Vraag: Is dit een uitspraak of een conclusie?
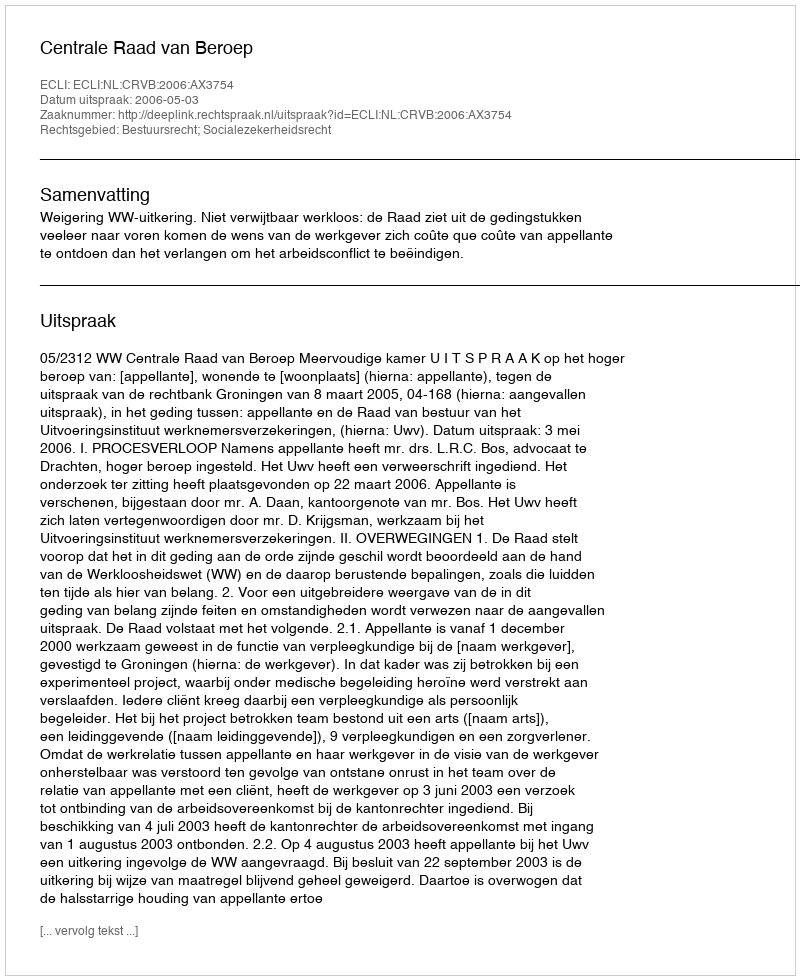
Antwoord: Uitspraak